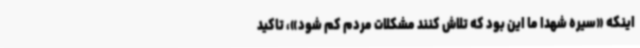
اینکه «سیره شهدا ما این بود که تلاش کنند مشکلات مردم کم شود»، تاکید